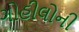
ગોહીલોની